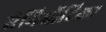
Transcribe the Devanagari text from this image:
सेमिऑटिका